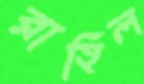
রাহিল